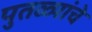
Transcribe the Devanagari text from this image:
पुतळ्यांचे